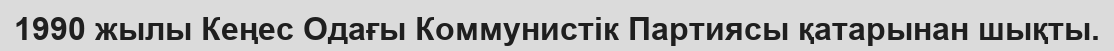
1990 жылы Кеңес Одағы Коммунистік Партиясы қатарынан шықты.